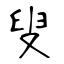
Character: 叟